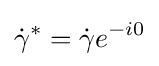
{\dot {\gamma }}^{*}={\dot {\gamma }}e^{-i0}